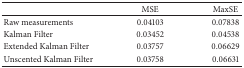
|  | MSE | MaxSE |
 | --- | --- | --- |
 | Raw measurements | 0.04103 | 0.07838 |
 | Kalman Filter | 0.03452 | 0.04538 |
 | Extended Kalman Filter | 0.03757 | 0.06629 |
 | Unscented Kalman Filter | 0.03758 | 0.06631 |